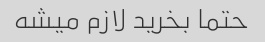
حتما بخرید لازم میشه